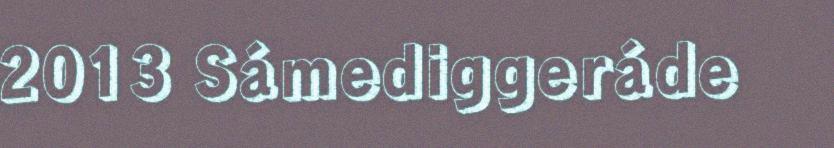
2013 Sámediggeráde